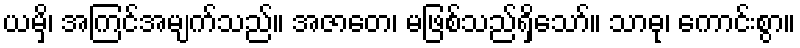
ယမှိ၊ အကြင်အမျက်သည်။ အဇာတေ၊ မဖြစ်သည်ရှိသော်။ သာဓု၊ ကောင်းစွာ။